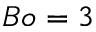
B o = 3